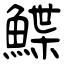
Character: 鰈